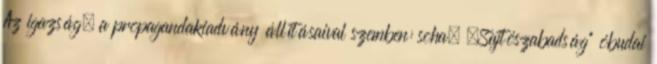
Az igazság, a propagandakiadvány állításaival szemben: soha. „Sajtószabadság” óbudai